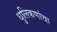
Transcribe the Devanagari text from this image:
धुलिकणांचा